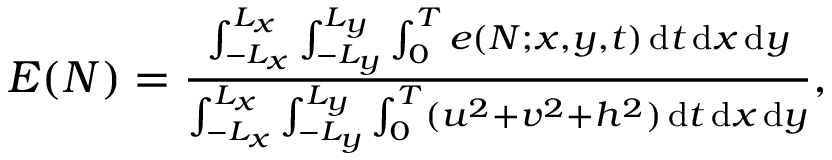
\begin{array} { r } { E ( N ) = \frac { \int _ { - L _ { x } } ^ { L _ { x } } \int _ { - L _ { y } } ^ { L _ { y } } \int _ { 0 } ^ { T } e ( N ; x , y , t ) \, \mathrm { d } t \, \mathrm { d } x \, \mathrm { d } y } { \int _ { - L _ { x } } ^ { L _ { x } } \int _ { - L _ { y } } ^ { L _ { y } } \int _ { 0 } ^ { T } ( u ^ { 2 } + v ^ { 2 } + h ^ { 2 } ) \, \mathrm { d } t \, \mathrm { d } x \, \mathrm { d } y } , } \end{array}